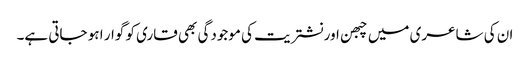
ان کی شاعری میں چبھن اور نشتریت کی موجودگی بھی قاری کو گوار ا ہو جاتی ہے۔